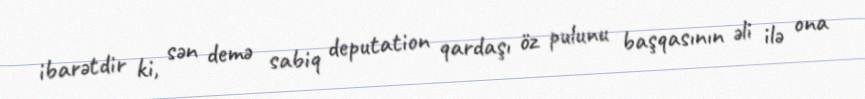
ibarətdir ki, sən demə sabiq deputation qardaşı öz pulunu başqasının əli ilə ona